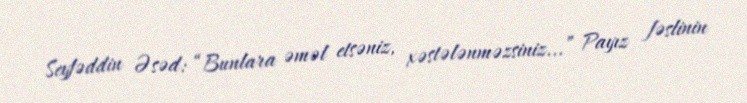
Seyfəddin Əsəd: “Bunlara əməl etsəniz, xəstələnməzsiniz...” Payız fəslinin